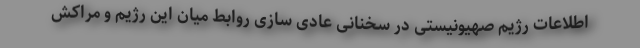
اطلاعات رژیم صهیونیستی در سخنانی عادی سازی روابط میان این رژیم و مراکش